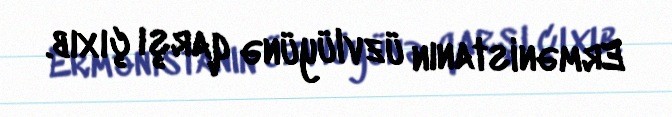
Ermənistanın üzvlüyünə qarşı çıxıb.